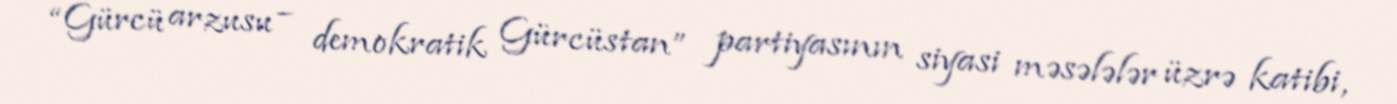
“Gürcü arzusu – demokratik Gürcüstan” partiyasının siyasi məsələlər üzrə katibi,